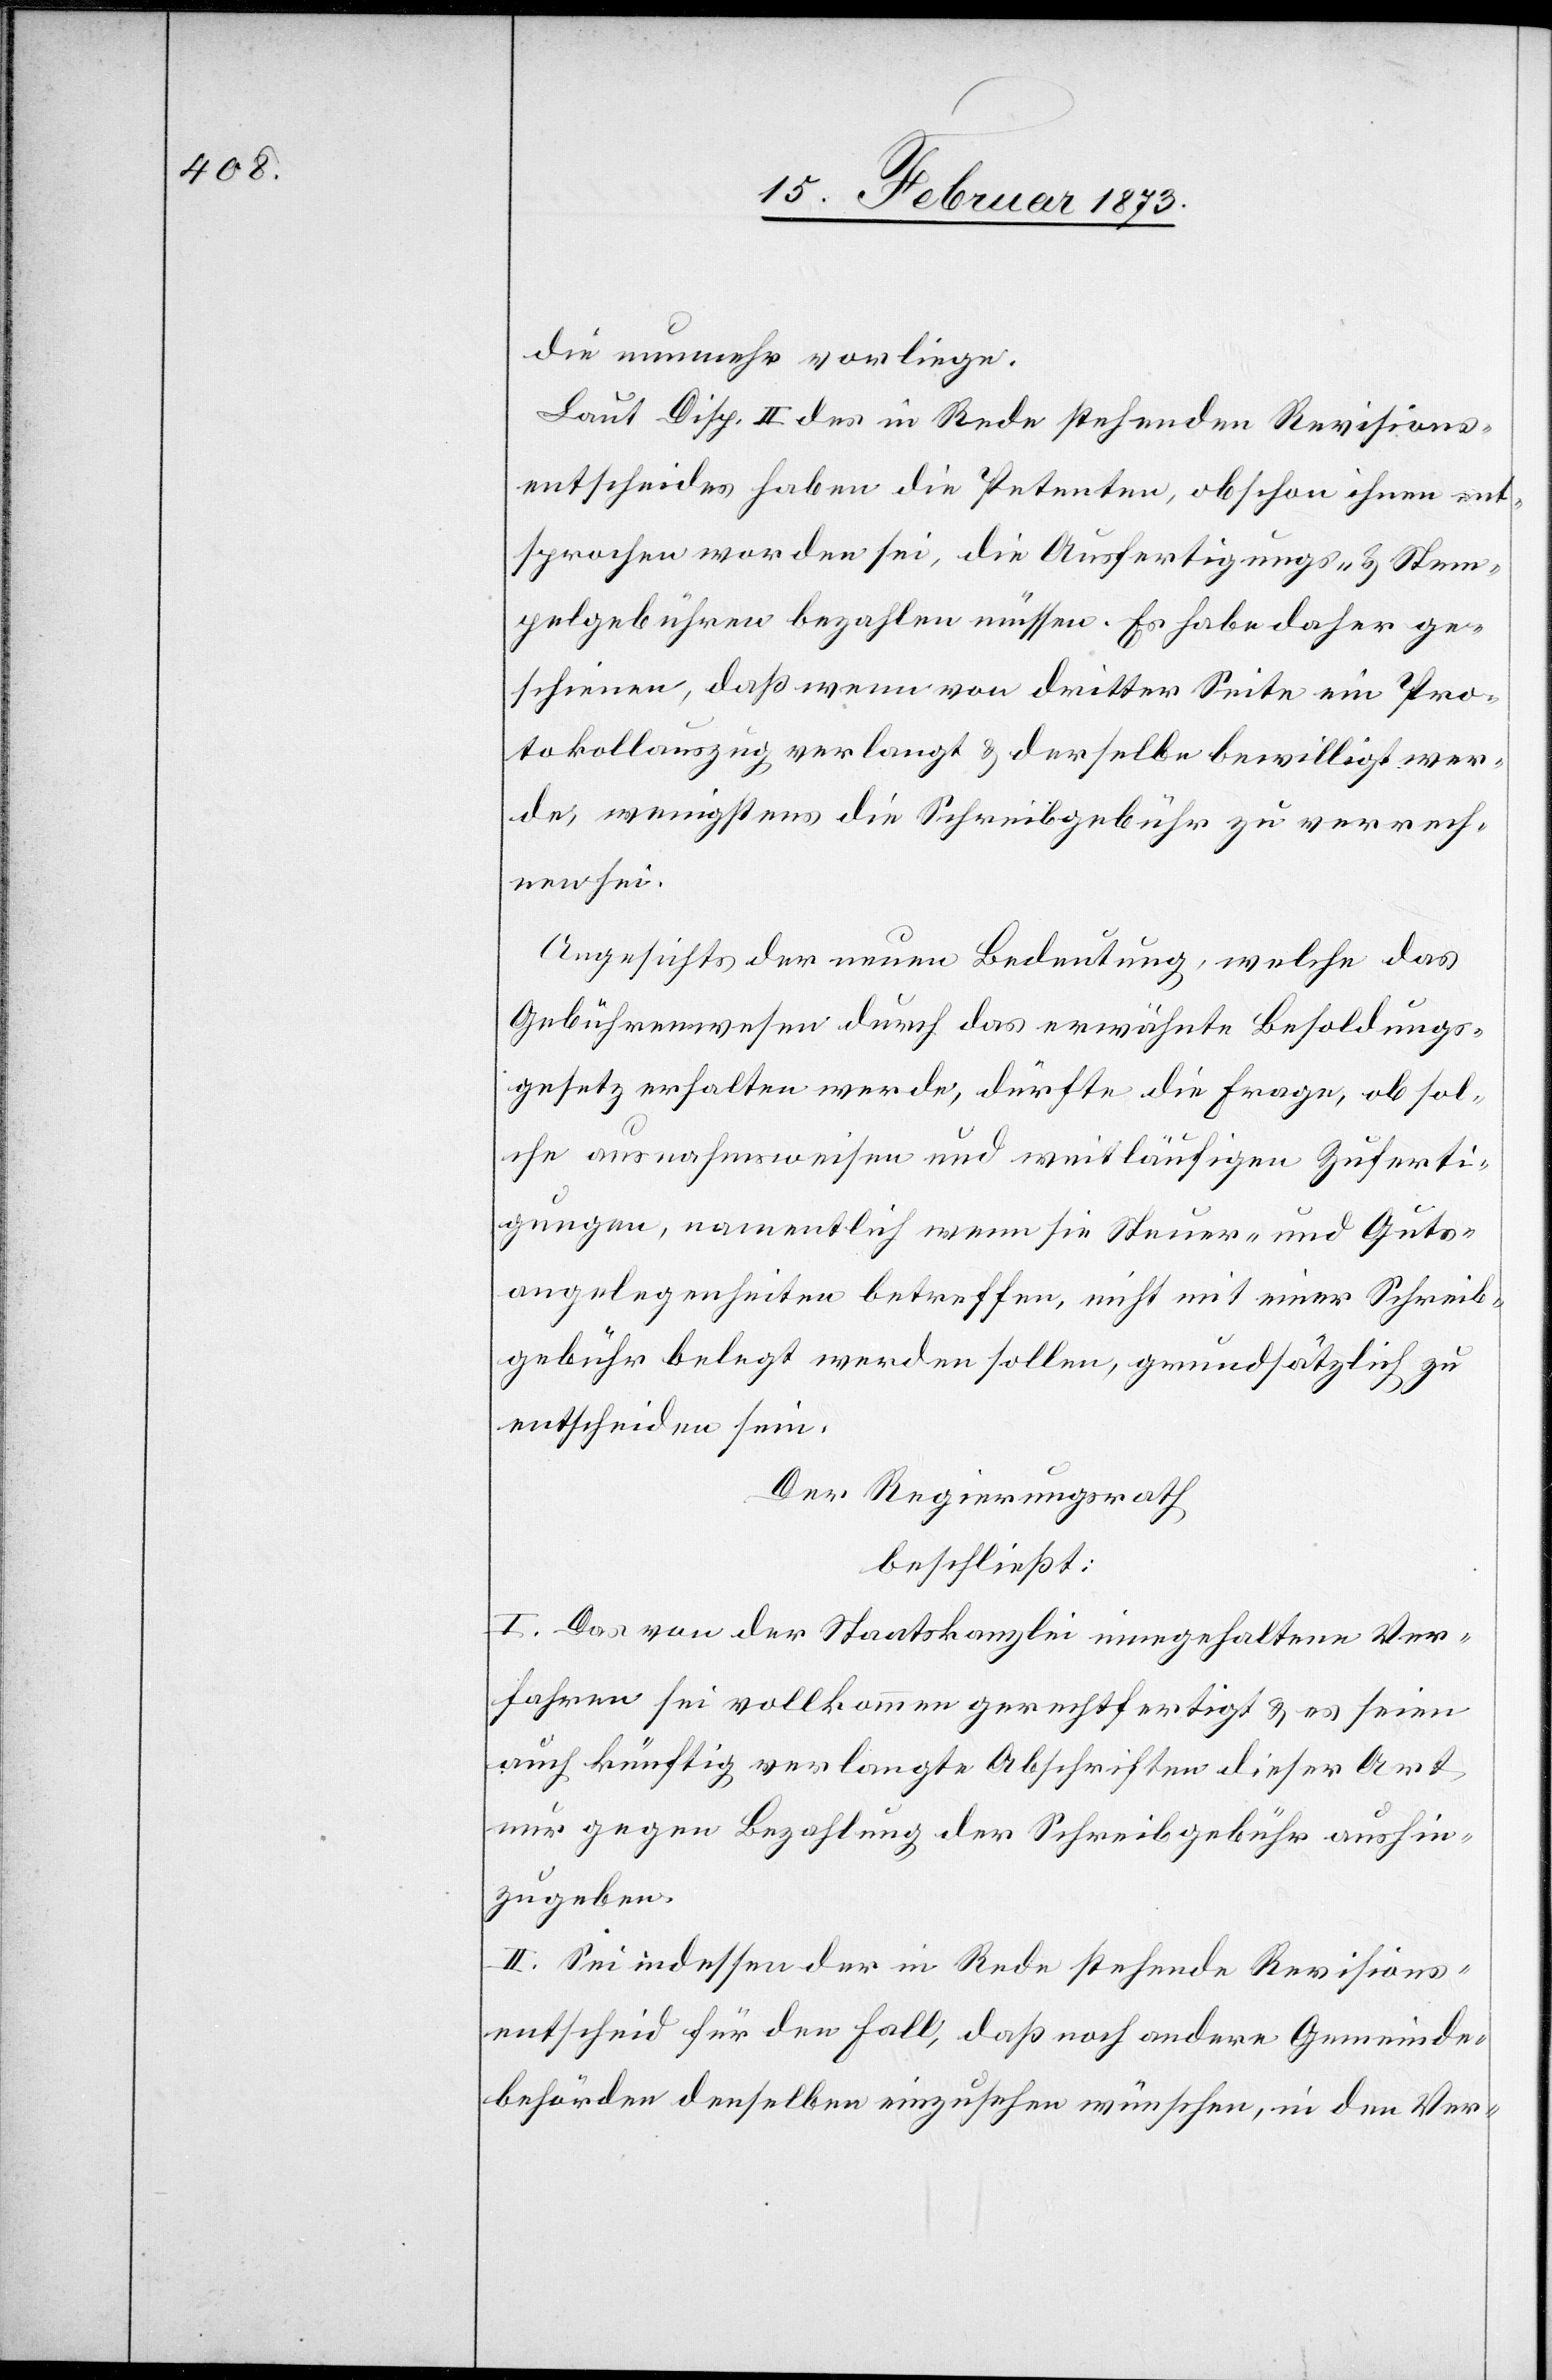
die nunmehr vorliege.
Laut Disp. II des in Rede stehenden Revisions¬
entscheides haben die Petenten, obschon ihnen ent¬
sprochen worden sei, die Ausfertigungs- u. Stem¬
pelgebühren bezahlen müssen. Es habe daher ge¬
schienen, daß wenn von dritter Seite ein Pro¬
tokollauszug verlangt u. derselbe bewilligt wer¬
de, wenigstens die Schreibgebühr zu verrech¬
nen sei.
Angesichts der neuen Bedeutung, welche das
Gebührenwesen durch das erwähnte Besoldungs¬
gesetz erhalten werde, dürfte die Frage, ob sol¬
che ausnahmsweisen und weitläufigen Zuferti¬
gungen, namentlich wenn sie Steuer- und Guts¬
angelegenheiten betreffen, nicht mit einer Schreib¬
gebühr belegt werden sollen, grundsätzlich zu
entscheiden sein.
Der Regierungsrath
beschließt:
I. Das von der Staatskanzlei innegehaltene Ver¬
fahren sei vollkommen gerechtfertigt u. es seien
auch künftig verlangte Abschriften dieser Art
nur gegen Bezahlung der Schreibgebühr aushin¬
zugeben.
II. Sei indessen der in Rede stehende Revisions¬
entscheid für den Fall, daß noch andere Gemeinde¬
behörden denselben einzusehen wünschen, in den Ver-